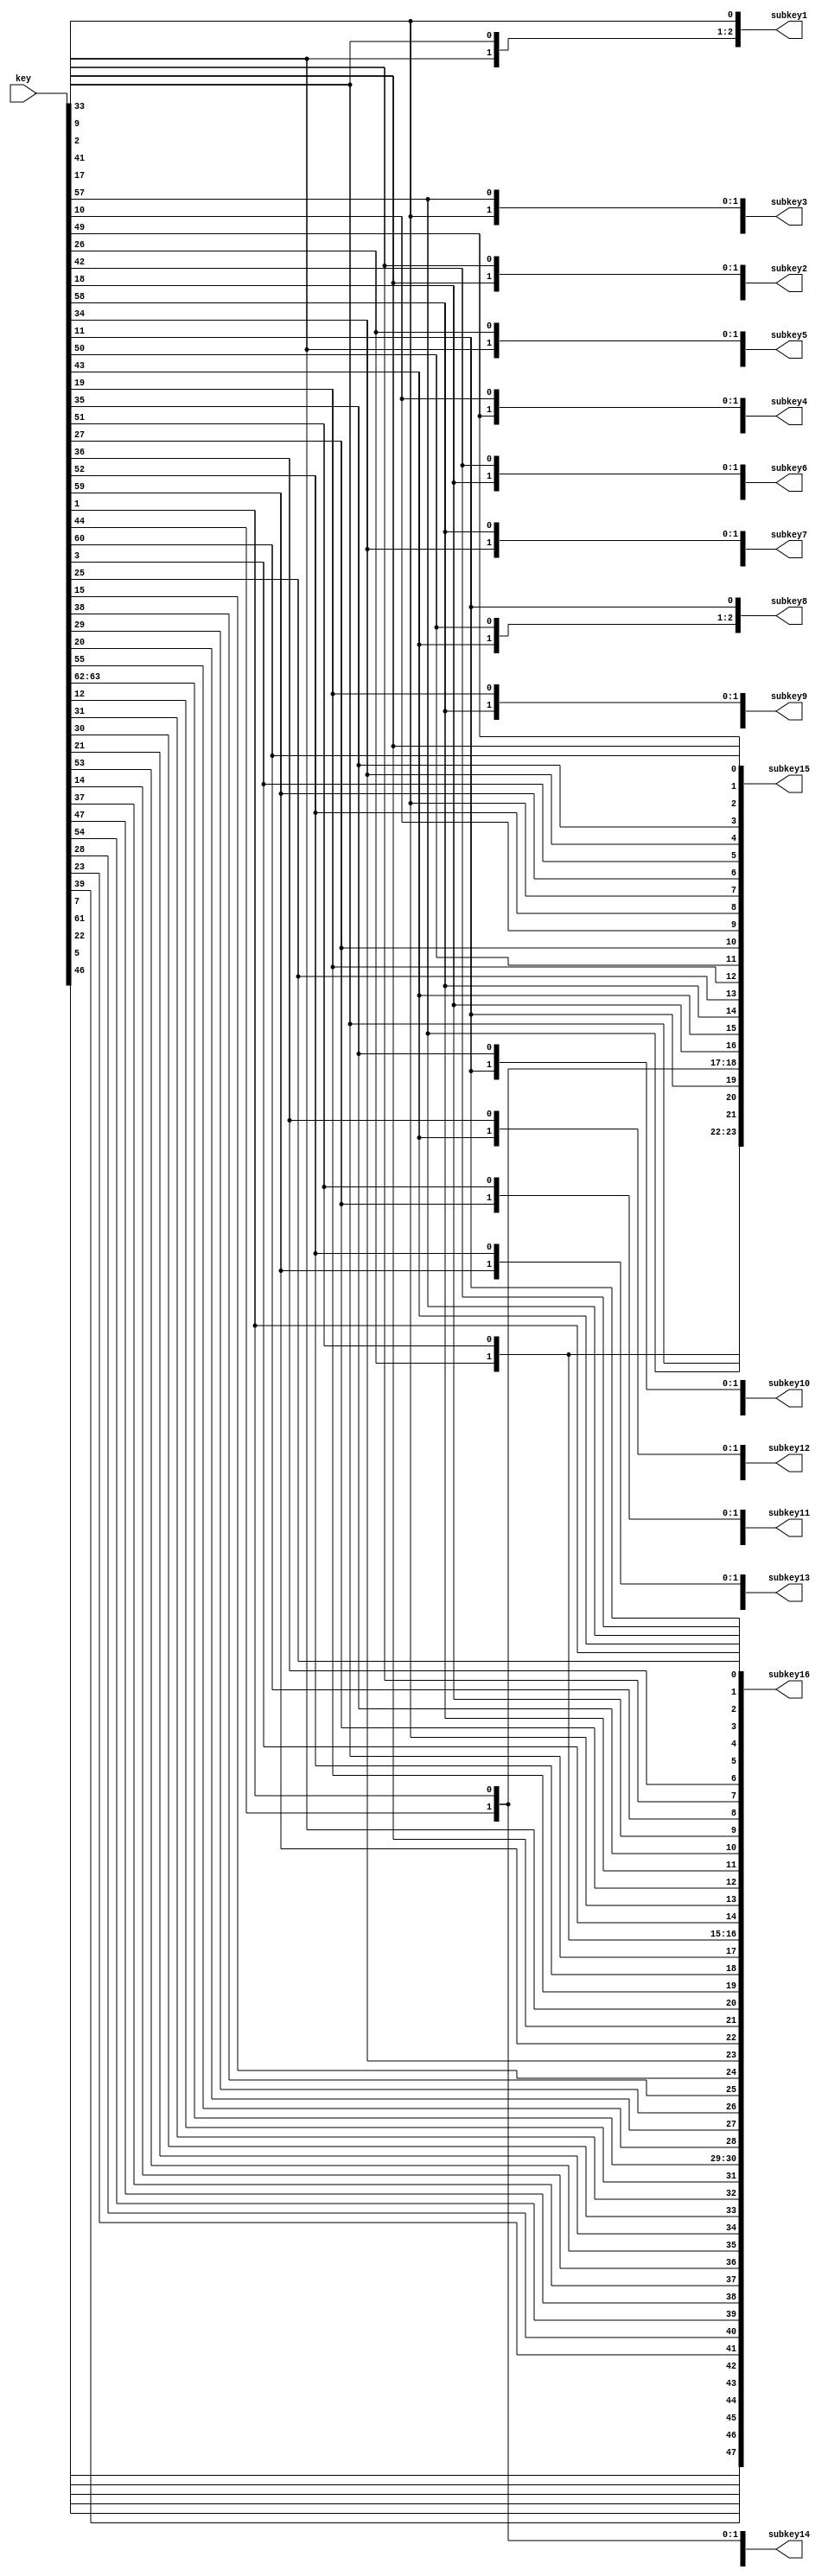
`timescale 1ns / 1ps
//////////////////////////////////////////////////////////////////////////////////
// Company: 
// Engineer: 
// 
// Design Name: 
// Module Name: key_sched
// Project Name: 
// Target Devices: 
// Tool Versions: 
// Description: 
// 
// Dependencies: 
// 
// Revision:
// Revision 0.01 - File Created
// Additional Comments:
// 
//////////////////////////////////////////////////////////////////////////////////


module key_sched(
    input [63:0] key,
    output [47:0] subkey1,
    output [47:0] subkey2,
    output [47:0] subkey3,
    output [47:0] subkey4,
    output [47:0] subkey5,
    output [47:0] subkey6,
    output [47:0] subkey7,
    output [47:0] subkey8,
    output [47:0] subkey9,
    output [47:0] subkey10,
    output [47:0] subkey11,
    output [47:0] subkey12,
    output [47:0] subkey13,
    output [47:0] subkey14,
    output [47:0] subkey15,
    output [47:0] subkey16
    );

wire[55:0]		key_PC1;
wire[27:0]		c0, c1, c2, c3, c4, c5, c6, c7, c8, c9, c10, c11, c12, c13, c14, c15, c16;
wire[27:0]		d0, d1, d2, d3, d4, d5, d6, d7, d8, d9, d10, d11, d12, d13, d14, d15, d16;

wire[55:0]		cd1, cd2, cd3, cd4, cd5, cd6, cd7, cd8, cd9, cd10, cd11, cd12, cd13, cd14, cd15, cd16;
/*************					*****************/
assign key_PC1 = {key[7], key[15], key[23], key[31], key[39], key[47], key[55], key[63], key[6], key[14], key[22], key[30], key[38], key[46], key[54], key[62], key[5], key[13], key[21], key[29], key[37], key[45], key[53], key[61], key[4], key[12], key[20], key[28], key[1], key[9], key[17], key[25], key[33], key[41], key[49], key[57], key[2], key[10], key[18], key[26], key[34], key[42], key[50], key[58], key[3], key[11], key[19], key[27], key[35], key[43], key[51], key[59], key[36], key[44], key[52], key[60]};

/****************				*************************/
assign subkey1 = {cd1[42], cd1[39], cd1[45], cd1[32], cd1[55], cd1[51], cd1[53], cd1[28], cd1[41], cd1[50], cd1[35], cd1[46], cd1[33], cd1[37], cd1[44], cd1[52], cd1[30], cd1[48], cd1[40], cd1[49], cd1[29], cd1[36], cd1[43], cd1[54], cd1[15], cd1[4], cd1[25], cd1[19], cd1[9], cd1[1], cd1[26], cd1[16], cd1[5], cd1[11], cd1[23], cd1[8], cd1[12], cd1[7], cd1[17], cd1[0], cd1[22], cd1[3], cd1[10], cd1[14], cd1[6], cd1[20], cd1[27], cd1[24]};

assign subkey2 = {cd2[42], cd2[39], cd2[45], cd2[32], cd2[55], cd2[51], cd2[53], cd2[28], cd2[41], cd2[50], cd2[35], cd2[46], cd2[33], cd2[37], cd2[44], cd2[52], cd2[30], cd2[48], cd2[40], cd2[49], cd2[29], cd2[36], cd2[43], cd2[54], cd2[15], cd2[4], cd2[25], cd2[19], cd2[9], cd2[1], cd2[26], cd2[16], cd2[5], cd2[11], cd2[23], cd2[8], cd2[12], cd2[7], cd2[17], cd2[0], cd2[22], cd2[3], cd2[10], cd2[14], cd2[6], cd2[20], cd2[27], cd2[24]};

assign subkey3 = {cd3[42], cd3[39], cd3[45], cd3[32], cd3[55], cd3[51], cd3[53], cd3[28], cd3[41], cd3[50], cd3[35], cd3[46], cd3[33], cd3[37], cd3[44], cd3[52], cd3[30], cd3[48], cd3[40], cd3[49], cd3[29], cd3[36], cd3[43], cd3[54], cd3[15], cd3[4], cd3[25], cd3[19], cd3[9], cd3[1], cd3[26], cd3[16], cd3[5], cd3[11], cd3[23], cd3[8], cd3[12], cd3[7], cd3[17], cd3[0], cd3[22], cd3[3], cd3[10], cd3[14], cd3[6], cd3[20], cd3[27], cd3[24]};

assign subkey4 = {cd4[42], cd4[39], cd4[45], cd4[32], cd4[55], cd4[51], cd4[53], cd4[28], cd4[41], cd4[50], cd4[35], cd4[46], cd4[33], cd4[37], cd4[44], cd4[52], cd4[30], cd4[48], cd4[40], cd4[49], cd4[29], cd4[36], cd4[43], cd4[54], cd4[15], cd4[4], cd4[25], cd4[19], cd4[9], cd4[1], cd4[26], cd4[16], cd4[5], cd4[11], cd4[23], cd4[8], cd4[12], cd4[7], cd4[17], cd4[0], cd4[22], cd4[3], cd4[10], cd4[14], cd4[6], cd4[20], cd4[27], cd4[24]};

assign subkey5 = {cd5[42], cd5[39], cd5[45], cd5[32], cd5[55], cd5[51], cd5[53], cd5[28], cd5[41], cd5[50], cd5[35], cd5[46], cd5[33], cd5[37], cd5[44], cd5[52], cd5[30], cd5[48], cd5[40], cd5[49], cd5[29], cd5[36], cd5[43], cd5[54], cd5[15], cd5[4], cd5[25], cd5[19], cd5[9], cd5[1], cd5[26], cd5[16], cd5[5], cd5[11], cd5[23], cd5[8], cd5[12], cd5[7], cd5[17], cd5[0], cd5[22], cd5[3], cd5[10], cd5[14], cd5[6], cd5[20], cd5[27], cd5[24]};

assign subkey6 = {cd6[42], cd6[39], cd6[45], cd6[32], cd6[55], cd6[51], cd6[53], cd6[28], cd6[41], cd6[50], cd6[35], cd6[46], cd6[33], cd6[37], cd6[44], cd6[52], cd6[30], cd6[48], cd6[40], cd6[49], cd6[29], cd6[36], cd6[43], cd6[54], cd6[15], cd6[4], cd6[25], cd6[19], cd6[9], cd6[1], cd6[26], cd6[16], cd6[5], cd6[11], cd6[23], cd6[8], cd6[12], cd6[7], cd6[17], cd6[0], cd6[22], cd6[3], cd6[10], cd6[14], cd6[6], cd6[20], cd6[27], cd6[24]};

assign subkey7 = {cd7[42], cd7[39], cd7[45], cd7[32], cd7[55], cd7[51], cd7[53], cd7[28], cd7[41], cd7[50], cd7[35], cd7[46], cd7[33], cd7[37], cd7[44], cd7[52], cd7[30], cd7[48], cd7[40], cd7[49], cd7[29], cd7[36], cd7[43], cd7[54], cd7[15], cd7[4], cd7[25], cd7[19], cd7[9], cd7[1], cd7[26], cd7[16], cd7[5], cd7[11], cd7[23], cd7[8], cd7[12], cd7[7], cd7[17], cd7[0], cd7[22], cd7[3], cd7[10], cd7[14], cd7[6], cd7[20], cd7[27], cd7[24]};

assign subkey8 = {cd8[42], cd8[39], cd8[45], cd8[32], cd8[55], cd8[51], cd8[53], cd8[28], cd8[41], cd8[50], cd8[35], cd8[46], cd8[33], cd8[37], cd8[44], cd8[52], cd8[30], cd8[48], cd8[40], cd8[49], cd8[29], cd8[36], cd8[43], cd8[54], cd8[15], cd8[4], cd8[25], cd8[19], cd8[9], cd8[1], cd8[26], cd8[16], cd8[5], cd8[11], cd8[23], cd8[8], cd8[12], cd8[7], cd8[17], cd8[0], cd8[22], cd8[3], cd8[10], cd8[14], cd8[6], cd8[20], cd8[27], cd8[24]};

assign subkey9 = {cd9[42], cd9[39], cd9[45], cd9[32], cd9[55], cd9[51], cd9[53], cd9[28], cd9[41], cd9[50], cd9[35], cd9[46], cd9[33], cd9[37], cd9[44], cd9[52], cd9[30], cd9[48], cd9[40], cd9[49], cd9[29], cd9[36], cd9[43], cd9[54], cd9[15], cd9[4], cd9[25], cd9[19], cd9[9], cd9[1], cd9[26], cd9[16], cd9[5], cd9[11], cd9[23], cd9[8], cd9[12], cd9[7], cd9[17], cd9[0], cd9[22], cd9[3], cd9[10], cd9[14], cd9[6], cd9[20], cd9[27], cd9[24]};

assign subkey10 = {cd10[42], cd10[39], cd10[45], cd10[32], cd10[55], cd10[51], cd10[53], cd10[28], cd10[41], cd10[50], cd10[35], cd10[46], cd10[33], cd10[37], cd10[44], cd10[52], cd10[30], cd10[48], cd10[40], cd10[49], cd10[29], cd10[36], cd10[43], cd10[54], cd10[15], cd10[4], cd10[25], cd10[19], cd10[9], cd10[1], cd10[26], cd10[16], cd10[5], cd10[11], cd10[23], cd10[8], cd10[12], cd10[7], cd10[17], cd10[0], cd10[22], cd10[3], cd10[10], cd10[14], cd10[6], cd10[20], cd10[27], cd10[24]};

assign subkey11 = {cd11[42], cd11[39], cd11[45], cd11[32], cd11[55], cd11[51], cd11[53], cd11[28], cd11[41], cd11[50], cd11[35], cd11[46], cd11[33], cd11[37], cd11[44], cd11[52], cd11[30], cd11[48], cd11[40], cd11[49], cd11[29], cd11[36], cd11[43], cd11[54], cd11[15], cd11[4], cd11[25], cd11[19], cd11[9], cd11[1], cd11[26], cd11[16], cd11[5], cd11[11], cd11[23], cd11[8], cd11[12], cd11[7], cd11[17], cd11[0], cd11[22], cd11[3], cd11[10], cd11[14], cd11[6], cd11[20], cd11[27], cd11[24]};

assign subkey12 = {cd12[42], cd12[39], cd12[45], cd12[32], cd12[55], cd12[51], cd12[53], cd12[28], cd12[41], cd12[50], cd12[35], cd12[46], cd12[33], cd12[37], cd12[44], cd12[52], cd12[30], cd12[48], cd12[40], cd12[49], cd12[29], cd12[36], cd12[43], cd12[54], cd12[15], cd12[4], cd12[25], cd12[19], cd12[9], cd12[1], cd12[26], cd12[16], cd12[5], cd12[11], cd12[23], cd12[8], cd12[12], cd12[7], cd12[17], cd12[0], cd12[22], cd12[3], cd12[10], cd12[14], cd12[6], cd12[20], cd12[27], cd12[24]};

assign subkey13 = {cd13[42], cd13[39], cd13[45], cd13[32], cd13[55], cd13[51], cd13[53], cd13[28], cd13[41], cd13[50], cd13[35], cd13[46], cd13[33], cd13[37], cd13[44], cd13[52], cd13[30], cd13[48], cd13[40], cd13[49], cd13[29], cd13[36], cd13[43], cd13[54], cd13[15], cd13[4], cd13[25], cd13[19], cd13[9], cd13[1], cd13[26], cd13[16], cd13[5], cd13[11], cd13[23], cd13[8], cd13[12], cd13[7], cd13[17], cd13[0], cd13[22], cd13[3], cd13[10], cd13[14], cd13[6], cd13[20], cd13[27], cd13[24]};

assign subkey14 = {cd14[42], cd14[39], cd14[45], cd14[32], cd14[55], cd14[51], cd14[53], cd14[28], cd14[41], cd14[50], cd14[35], cd14[46], cd14[33], cd14[37], cd14[44], cd14[52], cd14[30], cd14[48], cd14[40], cd14[49], cd14[29], cd14[36], cd14[43], cd14[54], cd14[15], cd14[4], cd14[25], cd14[19], cd14[9], cd14[1], cd14[26], cd14[16], cd14[5], cd14[11], cd14[23], cd14[8], cd14[12], cd14[7], cd14[17], cd14[0], cd14[22], cd14[3], cd14[10], cd14[14], cd14[6], cd14[20], cd14[27], cd14[24]};

assign subkey15 = {cd15[42], cd15[39], cd15[45], cd15[32], cd15[55], cd15[51], cd15[53], cd15[28], cd15[41], cd15[50], cd15[35], cd15[46], cd15[33], cd15[37], cd15[44], cd15[52], cd15[30], cd15[48], cd15[40], cd15[49], cd15[29], cd15[36], cd15[43], cd15[54], cd15[15], cd15[4], cd15[25], cd15[19], cd15[9], cd15[1], cd15[26], cd15[16], cd15[5], cd15[11], cd15[23], cd15[8], cd15[12], cd15[7], cd15[17], cd15[0], cd15[22], cd15[3], cd15[10], cd15[14], cd15[6], cd15[20], cd15[27], cd15[24]};

assign subkey16 = {cd16[42], cd16[39], cd16[45], cd16[32], cd16[55], cd16[51], cd16[53], cd16[28], cd16[41], cd16[50], cd16[35], cd16[46], cd16[33], cd16[37], cd16[44], cd16[52], cd16[30], cd16[48], cd16[40], cd16[49], cd16[29], cd16[36], cd16[43], cd16[54], cd16[15], cd16[4], cd16[25], cd16[19], cd16[9], cd16[1], cd16[26], cd16[16], cd16[5], cd16[11], cd16[23], cd16[8], cd16[12], cd16[7], cd16[17], cd16[0], cd16[22], cd16[3], cd16[10], cd16[14], cd16[6], cd16[20], cd16[27], cd16[24]};

/*********						*******************/
assign c0 = key_PC1[55:28];
assign d0 = key_PC1[27:0];
//
assign c1 = {c0[26:0], c0[27]};
assign d1 = {d0[26:0], d0[27]};
assign cd1 = {c1, d1};
//
assign c2 = {c1[26:0], c1[27]};
assign d2 = {d1[26:0], d1[27]};
assign cd2 = {c2, d2};
//
assign c3 = {c2[25:0], c2[27:26]};
assign d3 = {d2[25:0], d2[27:26]};
assign cd3 = {c3, d3};
//
assign c4 = {c3[25:0], c3[27:26]};
assign d4 = {d3[25:0], d3[27:26]};
assign cd4 = {c4, d4};
//
assign c5 = {c4[25:0], c4[27:26]};
assign d5 = {d4[25:0], d4[27:26]};
assign cd5 = {c5, d5};
//
assign c6 = {c5[25:0], c5[27:26]};
assign d6 = {d5[25:0], d5[27:26]};
assign cd6 = {c6, d6};
//
assign c7 = {c6[25:0], c6[27:26]};
assign d7 = {d6[25:0], d6[27:26]};
assign cd7 = {c7, d7};
//
assign c8 = {c7[25:0], c7[27:26]};
assign d8 = {d7[25:0], d7[27:26]};
assign cd8 = {c8, d8};
//
assign c9 = {c8[26:0], c8[27]};
assign d9 = {d8[26:0], d8[27]};
assign cd9 = {c9, d9};
//
assign c10 = {c9[25:0], c9[27:26]};
assign d10 = {d9[25:0], d9[27:26]};
assign cd10 = {c10, d10};
//
assign c11 = {c10[25:0], c10[27:26]};
assign d11 = {d10[25:0], d10[27:26]};
assign cd11 = {c11, d11};
//
assign c12 = {c11[25:0], c11[27:26]};
assign d12 = {d11[25:0], d11[27:26]};
assign cd12 = {c12, d12};
//
assign c13 = {c12[25:0], c12[27:26]};
assign d13 = {d12[25:0], d12[27:26]};
assign cd13 = {c13, d13};
//
assign c14 = {c13[25:0], c13[27:26]};
assign d14 = {d13[25:0], d13[27:26]};
assign cd14 = {c14, d14};
//
assign c15 = {c14[25:0], c14[27:26]};
assign d15 = {d14[25:0], d14[27:26]};
assign cd15 = {c15, d15};
//
assign c16 = {c15[26:0], c15[27]};
assign d16 = {d15[26:0], d15[27]};
assign cd16 = {c16, d16};
	
	
	
endmodule